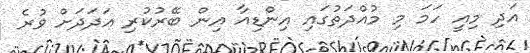
އަދި މިއީ ހަމަ މި މުއްދަތުގައި އިންޑިއާ އިން ބޭރުކުރި އަދަދަށް ވުރެ